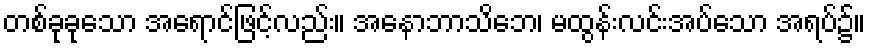
တစ်ခုခုသော အရောင်ဖြင့်လည်း။ အနောဘာသိဘေ၊ မထွန်းလင်းအပ်သော အရပ်၌။